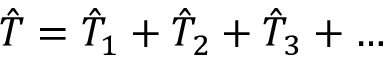
\hat { T } = \hat { T } _ { 1 } + \hat { T } _ { 2 } + \hat { T } _ { 3 } + \dots